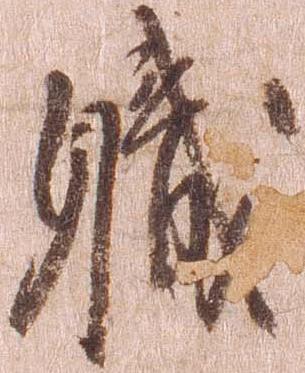
職